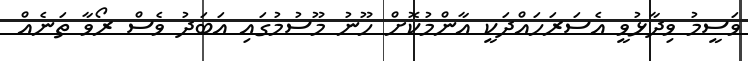
ވަސީމު ވިދާޅުވީ އެސަރަހައްދަކީ އާންމުކޮށް ހޫނު މޫސުމުގައި އަބަދު ވެސް ރޯވާ ތަނެއް